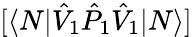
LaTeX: [\langle N|\hat{V}_{1}\hat{P}_{1}\hat{V}_{1}|N\rangle]